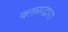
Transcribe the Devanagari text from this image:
क्लब्सद्वारा